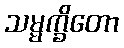
သမ္မက္ခိတော